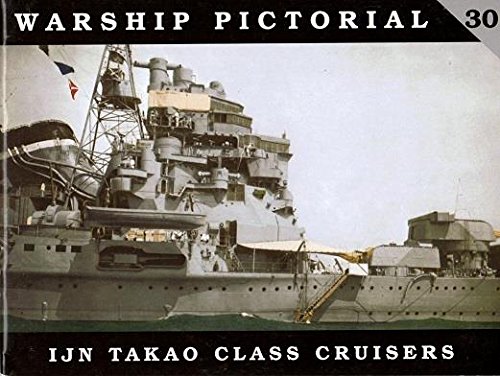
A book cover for Warship Pictorial No. 30 - IJN Takao Class Cruisers; Steve Wiper; Arts & Photography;